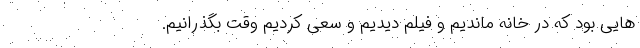
هایی بود که در خانه ماندیم و فیلم دیدیم و سعی کردیم وقت بگذرانیم.